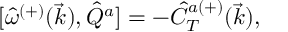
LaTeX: { [ } \hat { \omega } ^ { ( + ) } ( \vec { k } ) , \hat { Q } ^ { a } ] = - \hat { C } _ { T } ^ { a ( + ) } ( \vec { k } ) ,